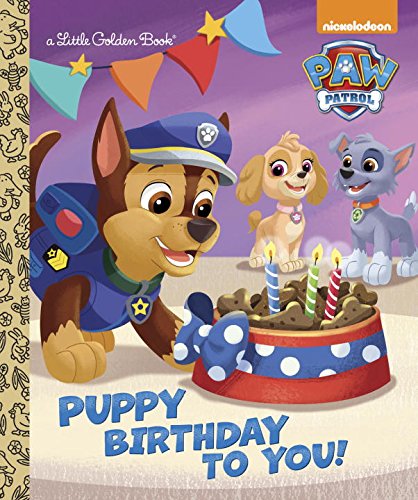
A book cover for Puppy Birthday to You! (Paw Patrol) (Little Golden Book); Golden Books; Children's Books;